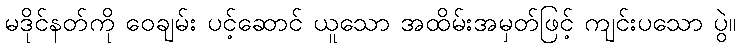
မဒိုင်နတ်ကို ဝေချမ်း ပင့်ဆောင် ယူသော အထိမ်းအမှတ်ဖြင့် ကျင်းပသော ပွဲ။